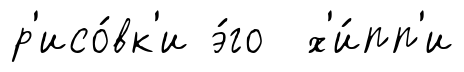
р'исо́вк'и э́го х'и́пп'и